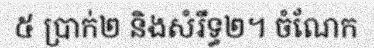
៥ ប្រាក់២ និងសំរឹទ្ធ២។ ចំណែក